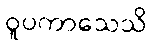
ဝူပကာသေသိ